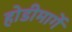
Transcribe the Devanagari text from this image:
होडीमार्गे